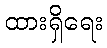
ထားရှိရေး